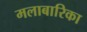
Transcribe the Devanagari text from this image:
मलाबारिका